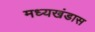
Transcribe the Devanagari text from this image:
मध्यखंडास